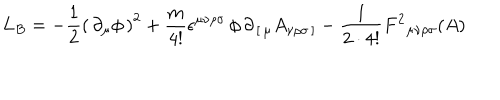
LaTeX: L _ { B } = - { \frac { 1 } { 2 } } \left( \, \partial _ { \mu } \phi \, \right) ^ { 2 } + { \frac { m } { 4 ! } } \epsilon ^ { \mu \nu \rho \sigma } \, \phi \, \partial _ { \, [ \, \mu } A _ { \nu \rho \sigma \, ] } - { \frac { 1 } { 2 \cdot 4 ! } } F ^ { 2 } { } _ { \mu \nu \rho \sigma } ( A )